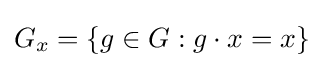
G_{x}=\{g\in G:g\cdot x=x\}